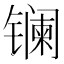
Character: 镧